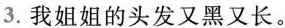
3.我姐姐的头发又黑又长